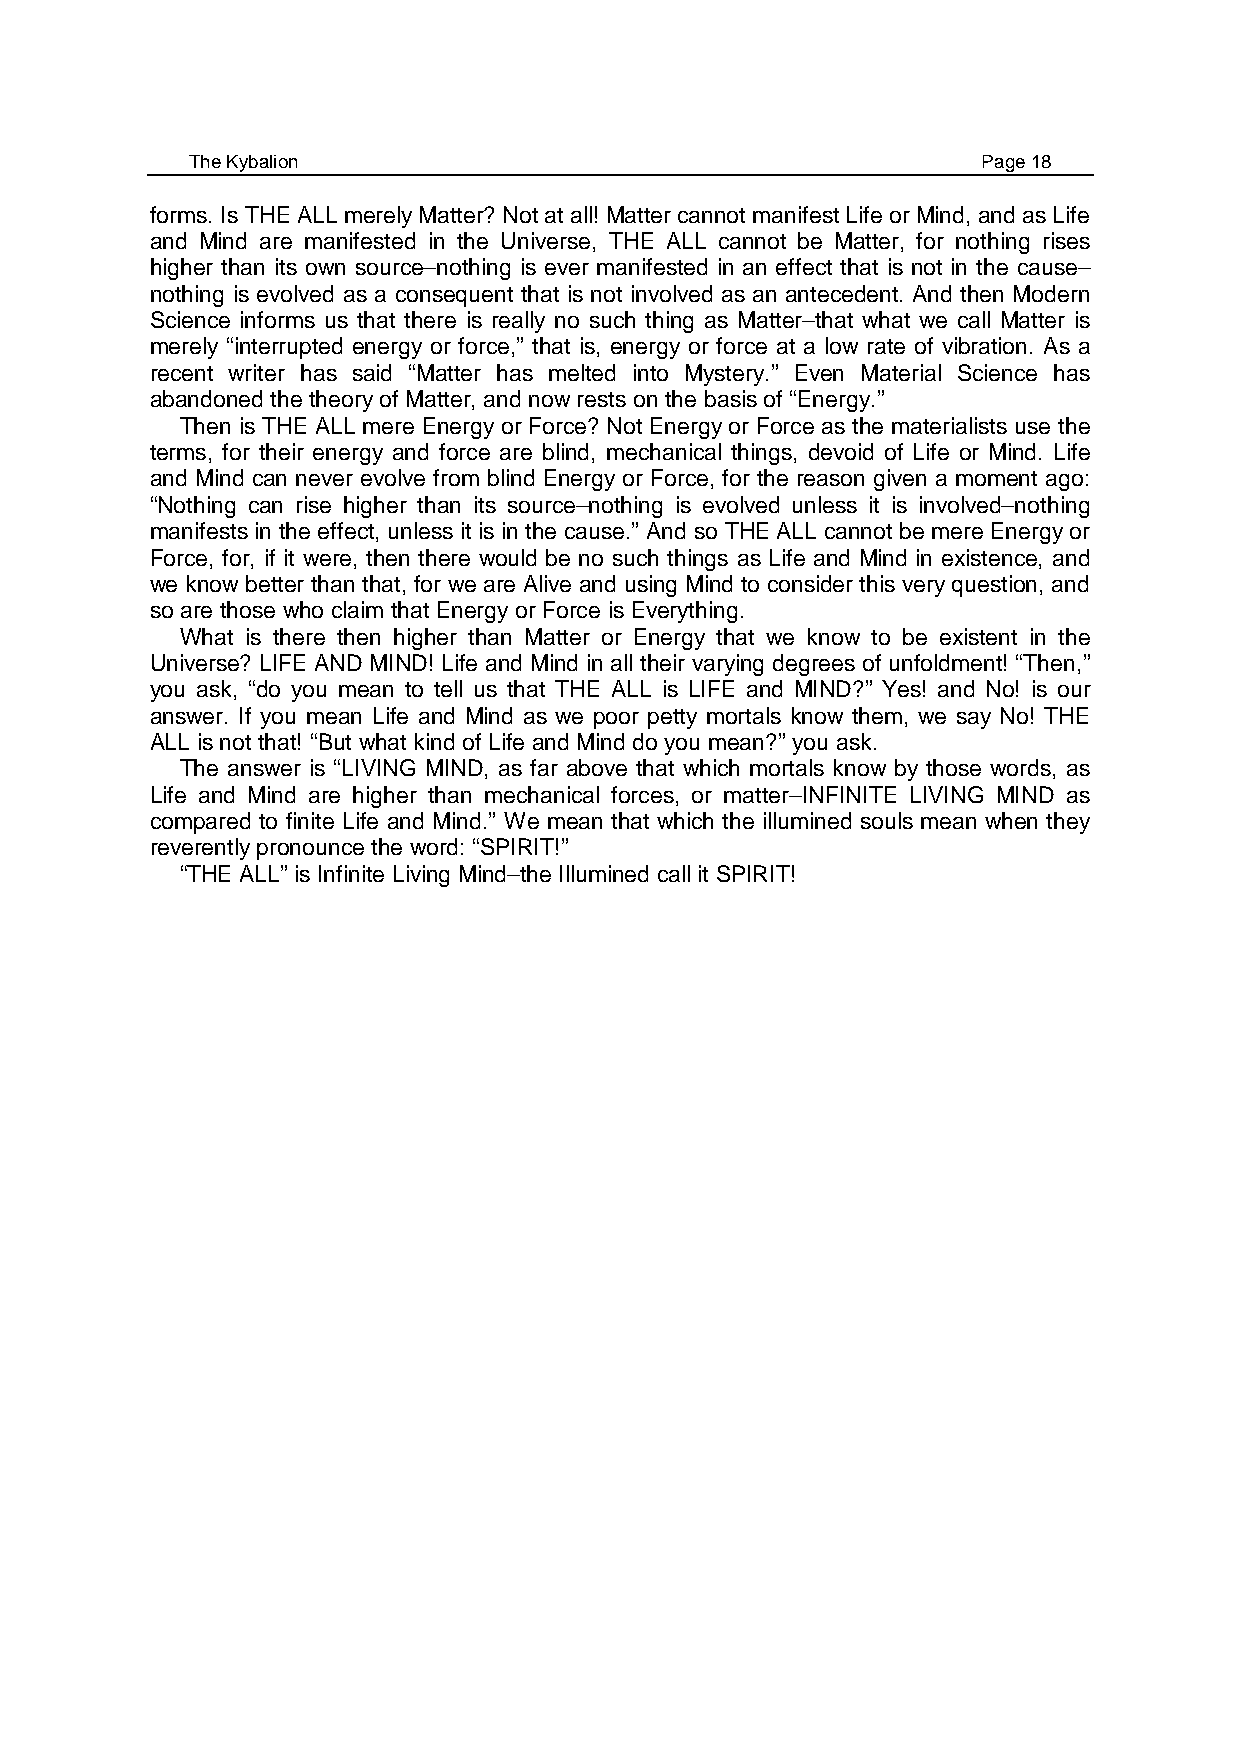
The Kybalion                                        Page 18
 forms. Is THE ALL merely Matter? Not at all! Matter cannot manifest Life or Mind, and as Life
 and Mind are manifested in the Universe, THE ALL cannot be Matter, for nothing rises
 higher than its own source–nothing is ever manifested in an effect that is not in the cause–
 nothing is evolved as a consequent that is not involved as an antecedent. And then Modern
 Science informs us that there is really no such thing as Matter–that what we call Matter is
 merely “interrupted energy or force,” that is, energy or force at a low rate of vibration. As a
 recent writer has said “Matter has melted into Mystery.” Even Material Science has
 abandoned the theory of Matter, and now rests on the basis of “Energy.”
 Then is THE ALL mere Energy or Force? Not Energy or Force as the materialists use the
 terms, for their energy and force are blind, mechanical things, devoid of Life or Mind. Life
 and Mind can never evolve from blind Energy or Force, for the reason given a moment ago:
 “Nothing can rise higher than its source–nothing is evolved unless it is involved–nothing
 manifests in the effect, unless it is in the cause.” And so THE ALL cannot be mere Energy or
 Force, for, if it were, then there would be no such things as Life and Mind in existence, and
 we know better than that, for we are Alive and using Mind to consider this very question, and
 so are those who claim that Energy or Force is Everything.
 What is there then higher than Matter or Energy that we know to be existent in the
 Universe? LIFE AND MIND! Life and Mind in all their varying degrees of unfoldment! “Then,”
 you ask, “do you mean to tell us that THE ALL is LIFE and MIND?” Yes! and No! is our
 answer. If you mean Life and Mind as we poor petty mortals know them, we say No! THE
 ALL is not that! “But what kind of Life and Mind do you mean?” you ask.
 The answer is “LIVING MIND, as far above that which mortals know by those words, as
 Life and Mind are higher than mechanical forces, or matter–INFINITE LIVING MIND as
 compared to finite Life and Mind.” We mean that which the illumined souls mean when they
 reverently pronounce the word: “SPIRIT!”
 “THE ALL” is Infinite Living Mind–the Illumined call it SPIRIT!